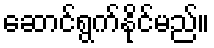
ဆောင်ရွက်နိုင်မည်။